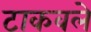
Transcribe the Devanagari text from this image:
टाकवले